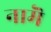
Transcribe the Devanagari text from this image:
नामॆ